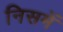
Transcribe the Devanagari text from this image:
निसमें